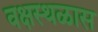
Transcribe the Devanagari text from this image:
वक्षस्थळास